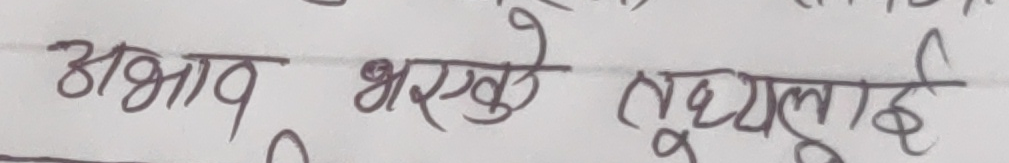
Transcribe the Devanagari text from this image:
अभाव भरके तुयुलाई